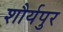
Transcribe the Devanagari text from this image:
शौर्यपुर